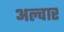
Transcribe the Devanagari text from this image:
अल्वार